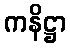
ကနိဋ္ဌာ